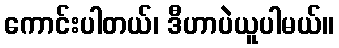
ကောင်းပါတယ်၊ ဒီဟာပဲယူပါမယ်။